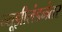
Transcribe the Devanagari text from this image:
न्यूझीलंडनंतर